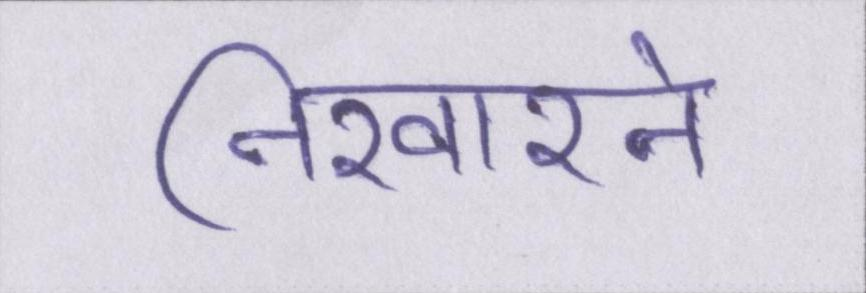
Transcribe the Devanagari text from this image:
निखारने